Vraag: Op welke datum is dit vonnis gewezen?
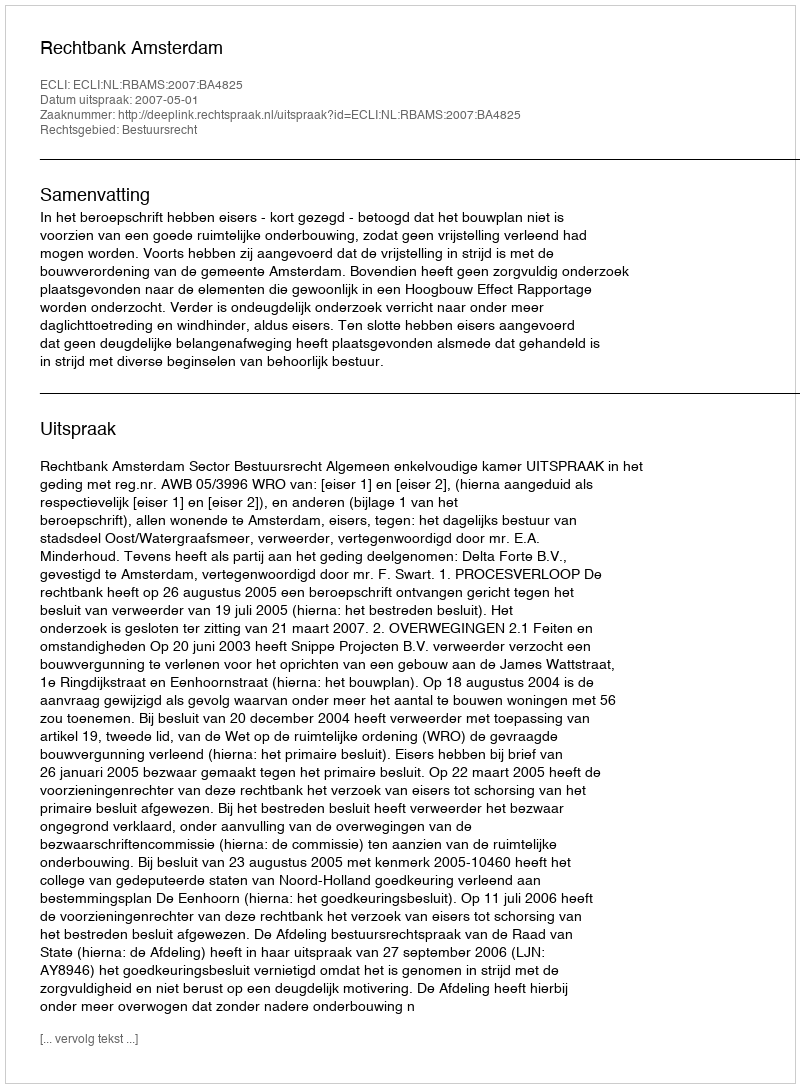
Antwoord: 2007-05-01